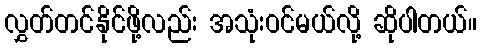
လွှတ်တင်နိုင်ဖို့လည်း အသုံးဝင်မယ်လို့ ဆိုပါတယ်။